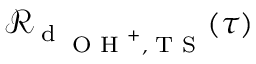
\mathcal { R } _ { \textrm { d } _ { \textrm { \scriptsize O H } ^ { + } , \textrm { \scriptsize T S } } } ( \tau )